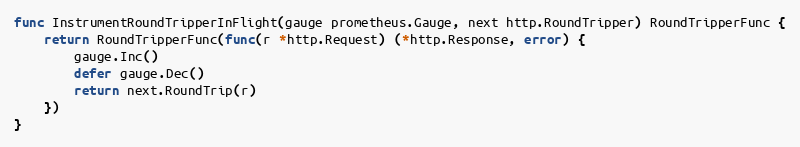
Language: Go
func InstrumentRoundTripperInFlight(gauge prometheus.Gauge, next http.RoundTripper) RoundTripperFunc {
	return RoundTripperFunc(func(r *http.Request) (*http.Response, error) {
		gauge.Inc()
		defer gauge.Dec()
		return next.RoundTrip(r)
	})
}